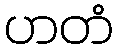
ဟတံ